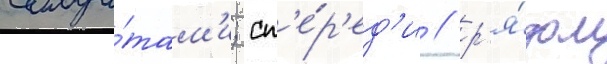
солда́там'и; сп'е́р'ед'и / р'я́дом